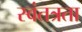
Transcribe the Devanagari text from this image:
स्‍वंतत्रता